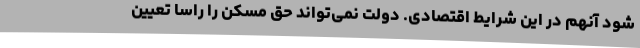
شود آنهم در این شرایط اقتصادی. دولت نمی‌تواند حق مسکن را راساً تعیین